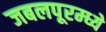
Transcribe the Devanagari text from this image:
जबलपूरम्ध्ये